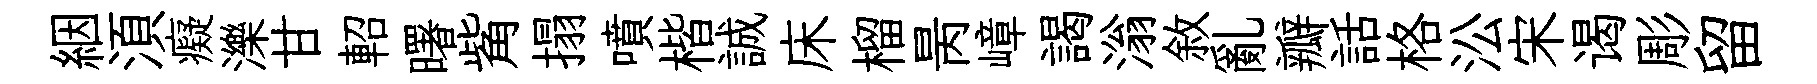
絪湏癡濼甘軺曙觜搨噴楷誠床榴昺嶂謁滃敘亂瓣話格㳂宋谒彫留